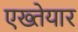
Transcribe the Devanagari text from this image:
एख्तेयार